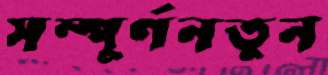
সম্পূর্ণনতুন